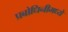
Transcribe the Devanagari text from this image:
प्रबोधिनीमध्ये